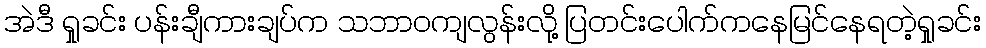
အဲဒီ ရှုခင်း ပန်းချီကားချပ်က သဘာဝကျလွန်းလို့ ပြတင်းပေါက်ကနေမြင်နေရတဲ့ရှုခင်း